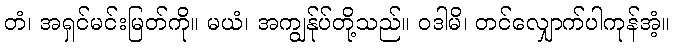
တံ၊ အရှင်မင်းမြတ်ကို။ မယံ၊ အကျွန်ုပ်တို့သည်။ ဝဒါမိ၊ တင်လျှောက်ပါကုန်အံ့။